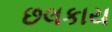
છલકાય